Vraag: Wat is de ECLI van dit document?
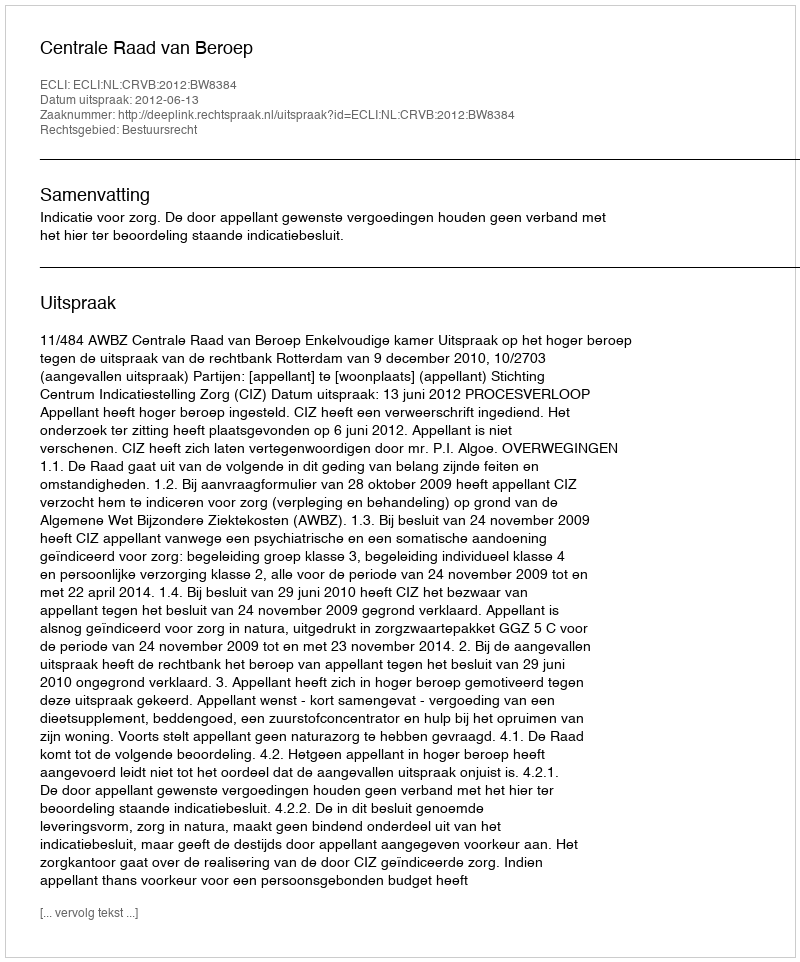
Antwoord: ECLI:NL:CRVB:2012:BW8384